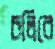
চলিবে